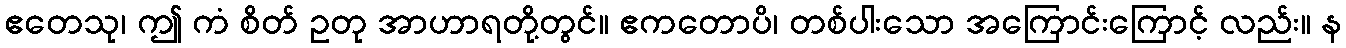
ဧတေသု၊ ဤ ကံ စိတ် ဥတု အာဟာရတို့တွင်။ ဧကတောပိ၊ တစ်ပါးသော အကြောင်းကြောင့် လည်း။ န